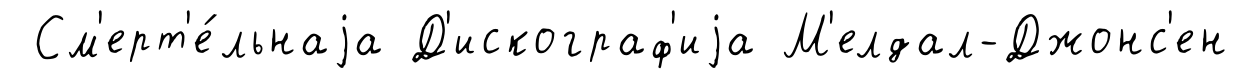
См'ерт'е́льнаjа Д'искограф'иjа М'елдал-Джонс'ен